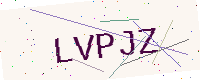
Text: LVPJZ